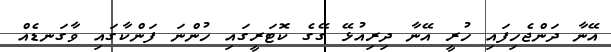
އޭނާ ދަންޖެހިފައި ހުރީ އޭނާ ދިރިއުޅޭ ގޭގެ ކޮޓަރީގައި ހުންނަ ފަންކާގައި ވާގަނޑެއް